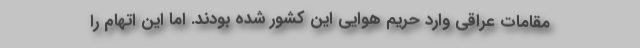
مقامات عراقی وارد حریم هوایی این کشور شده بودند. اما این اتهام را